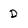
Character: D